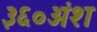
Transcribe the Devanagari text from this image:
३६०अंश